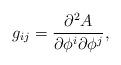
LaTeX: \begin{align*}g_{ij}= \frac{\partial^2 A}{\partial \phi^i \partial \phi^j} ,\end{align*}